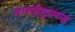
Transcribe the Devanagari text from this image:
नान्दीमुखश्राद्ध